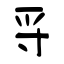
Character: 寽